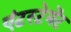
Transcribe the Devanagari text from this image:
एंटरटेमेंट